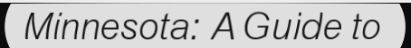
Minnesota: A Guide to